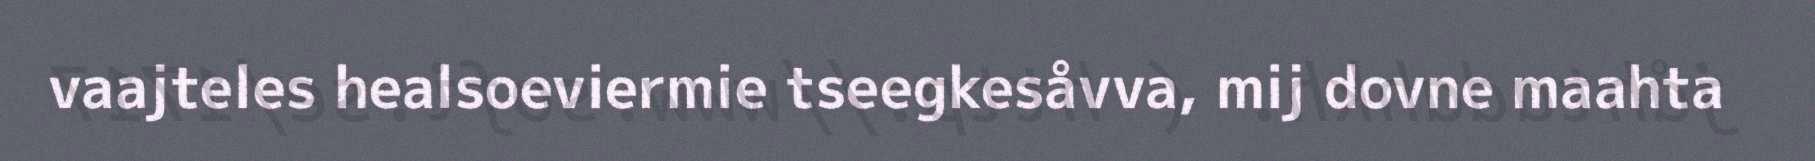
vaajteles healsoeviermie tseegkesåvva, mij dovne maahta